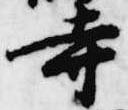
寺